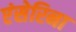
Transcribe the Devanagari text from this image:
एंसेरिना